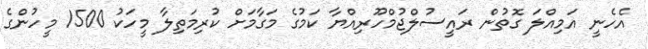
އެހެނީ އަމިއްލަ ގޮތުން ރައީސުލްޖުމްހޫރިއްޔާ ކަމުގެ މަގާމަށް ކުރިމަތިލާ މީހަކު 1500 މީހުންގެ